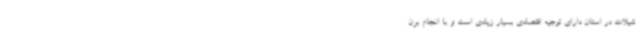
شیلات در استان دارای توجیه اقتصادی بسیار زیادی است و با انجام برن